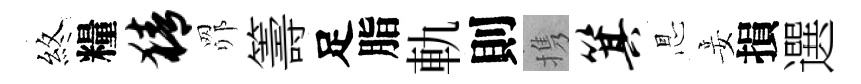
煞糧猜𦊑籌足脂軌則携箕㤙妾損選